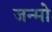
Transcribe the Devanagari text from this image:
जन्मो